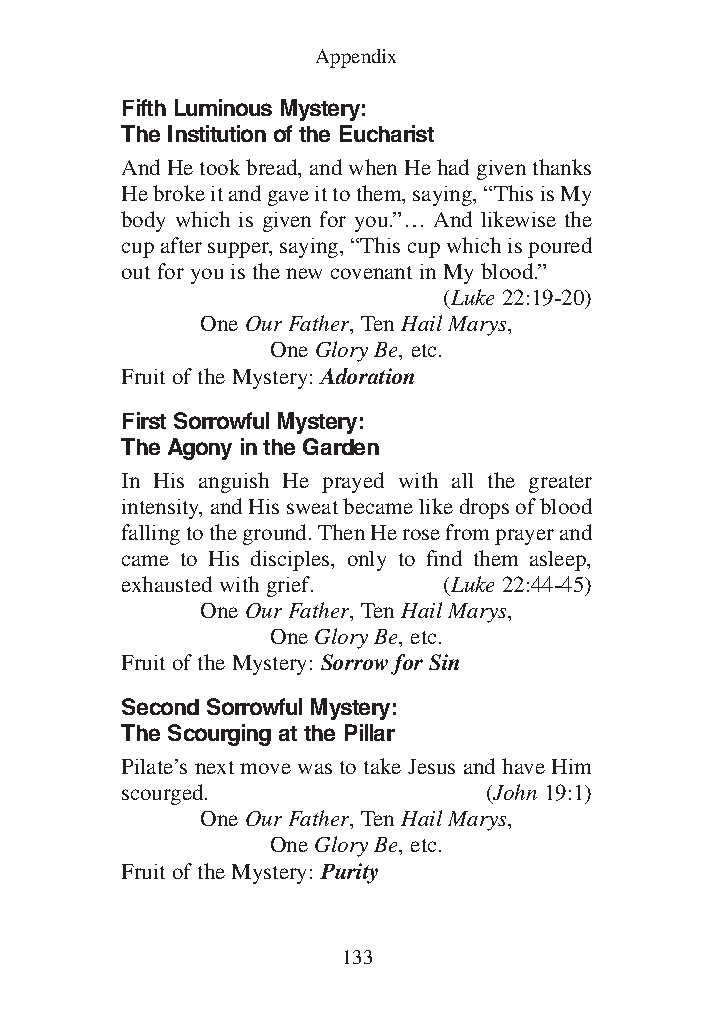
Common Appendix for all Vols_1 12/3/13 8:45 PM Page 133
 Appendix
 Fifth Luminous Mystery:
 The Institution of the Eucharist
 And He took bread, and when He had given thanks
 He broke it and gave it to them, saying, “This is My
 body which is given for you.”… And likewise the
 cup after supper, saying, “This cup which is poured
 out for you is the new covenant in My blood.”
 (Luke 22:19-20)
 One Our Father, Ten Hail Marys,
 One Glory Be, etc.
 Fruit of the Mystery: Adoration
 First Sorrowful Mystery:
 The Agony in the Garden
 In His anguish He prayed with all the greater
 intensity, and His sweat became like drops of blood
 falling to the ground. Then He rose from prayer and
 came to His disciples, only to find them asleep,
 exhausted with grief. (Luke 22:44-45)
 One Our Father, Ten Hail Marys,
 One Glory Be, etc.
 Fruit of the Mystery: Sorrow for Sin
 Second Sorrowful Mystery:
 The Scourging at the Pillar
 Pilate’s next move was to take Jesus and have Him
 scourged.               (John 19:1)
 One Our Father, Ten Hail Marys,
 One Glory Be, etc.
 Fruit of the Mystery: Purity
 133